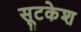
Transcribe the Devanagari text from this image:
सूटकेश